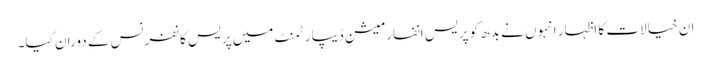
ان خیالات کا اظہار انہوں نے بدھ کو پریس انفارمیشن ڈیپارٹمنٹ میں پریس کانفرنس کے دوران کیا۔